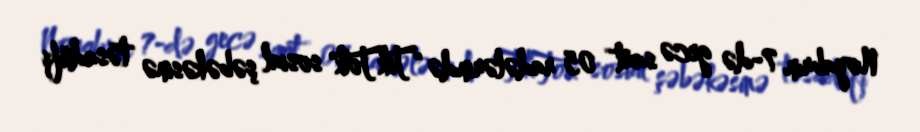
Noyabrın 7-də gecə saat 05 radələrində "TikTok" sosial şəbəkəsinə təsadüfi